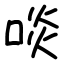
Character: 啖